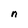
Character: n